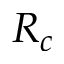
R _ { c }